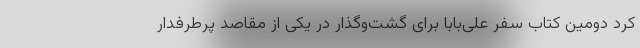
کرد دومین کتاب سفر علی‌بابا برای گشت‌وگذار در یکی از مقاصد پرطرفدار